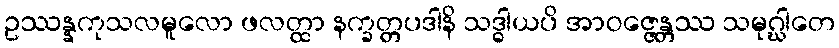
ဥဿန္နကုသလမူလော ဖလတ္ထာ နက္ခတ္တပဒါနိ သဒ္ဓါယပိ အာဝဇ္ဇေန္တဿ သမုဂ္ဃါတေ